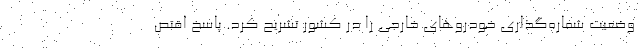
وضعیت شماره‌گذاری خودروهای خارجی را در کشور تشریح کرد. پاسخِ اقتص